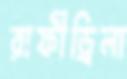
রাফীড্রিলা